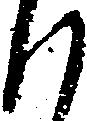
候